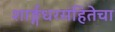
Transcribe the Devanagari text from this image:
शार्ङ्गधरसंहितेचा